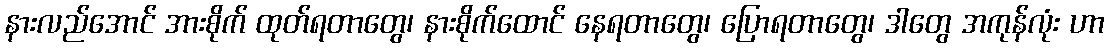
နားလည်အောင် အားစိုက် ထုတ်ရတာတွေ၊ နားစိုက်ထောင် နေရတာတွေ၊ ပြောရတာတွေ၊ ဒါတွေ အကုန်လုံး ဟာ